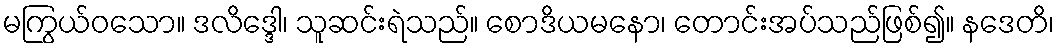
မကြွယ်ဝသော။ ဒလိဒ္ဒေါ၊ သူဆင်းရဲသည်။ စောဒိယမနော၊ တောင်းအပ်သည်ဖြစ်၍။ နဒေတိ၊